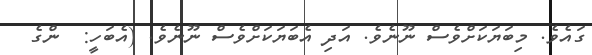
ގައެވެ. މިބަޔަކަށްވެސް ނޫނެވެ. އަދި އެބަޔަކަށްވެސް ނޫނެވެ. (އެބަހީ:  ންގެ